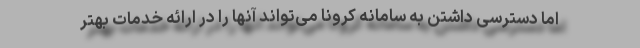
اما دسترسی داشتن به سامانه کرونا می‌تواند آنها را در ارائه خدمات بهتر